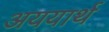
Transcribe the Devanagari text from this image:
अययार्थ